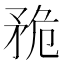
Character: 𥍨